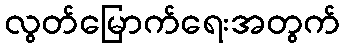
လွတ်မြောက်ရေးအတွက်